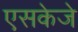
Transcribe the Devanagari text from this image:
एसकेजे